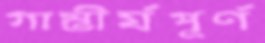
গাম্ভীর্যপূর্ণ